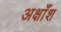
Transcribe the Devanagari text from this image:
अक्षाँश